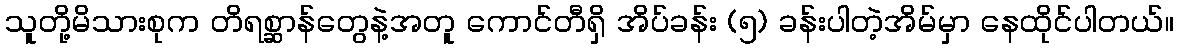
သူတို့မိသားစုက တိရစ္ဆာန်တွေနဲ့အတူ ကောင်တီရှိ အိပ်ခန်း (၅) ခန်းပါတဲ့အိမ်မှာ နေထိုင်ပါတယ်။